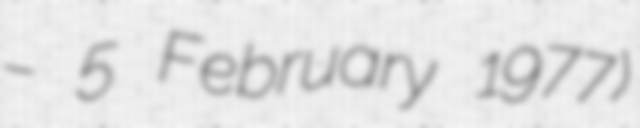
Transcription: – 5 February 1977)